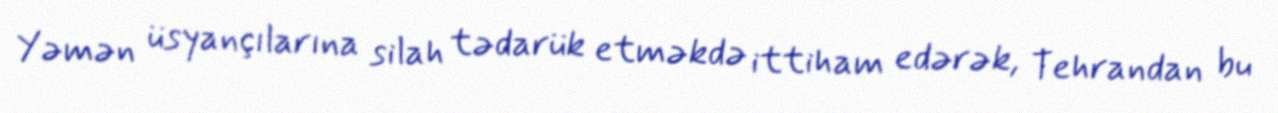
Yəmən üsyançılarına silah tədarük etməkdə ittiham edərək, Tehrandan bu